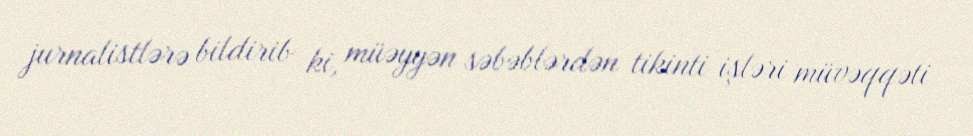
jurnalistlərə bildirib ki, müəyyən səbəblərdən tikinti işləri müvəqqəti